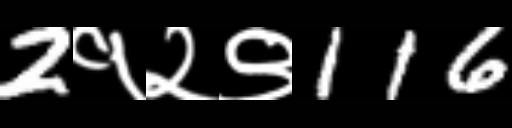
Text: 2१२९116